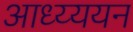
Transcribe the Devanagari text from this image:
आध्य्ययन